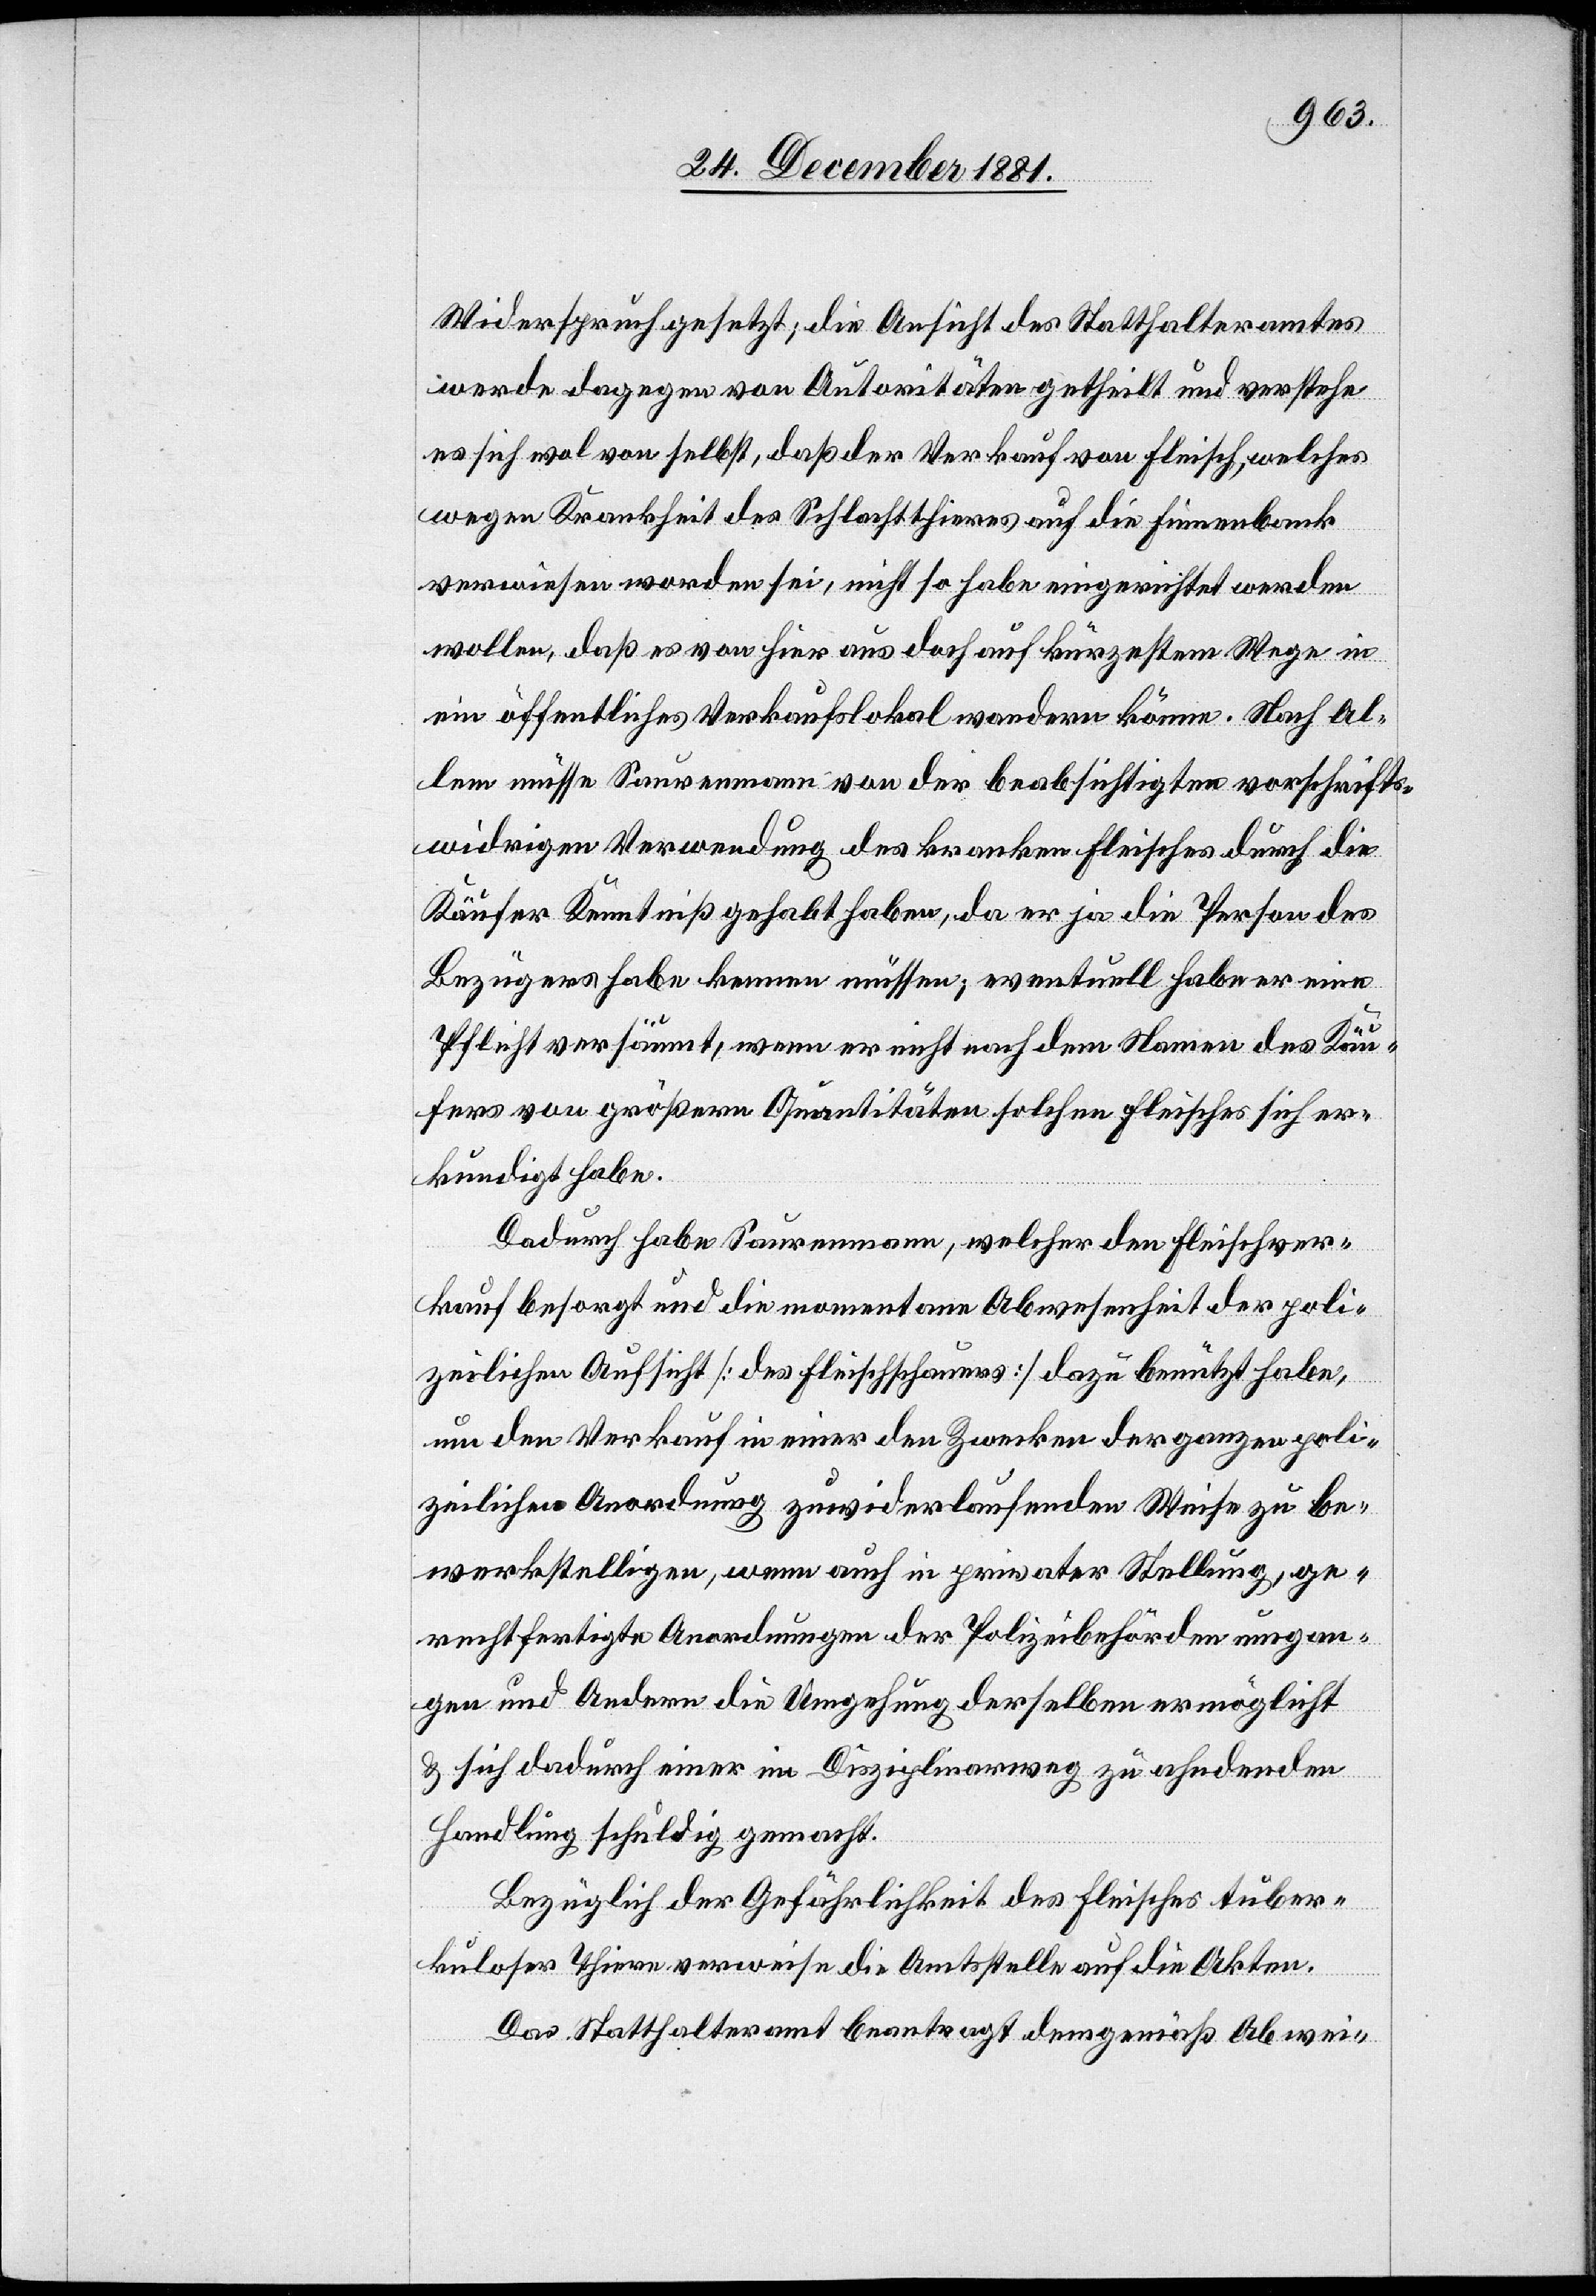
Widerspruch gesetzt; die Ansicht des Statthalteramtes
werde dagegen von Autoritäten getheilt und verstehe
es sich wol von selbst, daß der Verkauf von Fleisch, welches
wegen Krankheit des Schlachtthieres auf die Finnenbank
verwiesen worden sei, nicht so habe eingerichtet werden
wollen, daß es von hier aus doch auf kürzestem Wege in
ein öffentliches Verkaufslokal wandern könne. Nach Al¬
lem müsse Saurenmann von der beabsichtigten vorschrifts¬
widrigen Verwendung des kranken Fleisches durch die
Käufer Kenntniß gehabt haben, da er ja die Person des
Bezügers habe kennen müssen; eventuell habe er eine
Pflicht versäumt, wenn er nicht nach dem Namen des Käu¬
fers von größern Quantitäten solchen Fleisches sich er¬
kundigt habe.
Dadurch habe Saurenmann, welcher den Fleischver¬
kauf besorgt und die momentane Abwesenheit der poli¬
zeilichen Aufsicht [des Fleischschauers] dazu benützt habe,
um den Verkauf in einer den Zwecken der ganzen poli¬
zeilichen Anordnung zuwider laufenden Weise zu be¬
werkstelligen, wenn auch in privater Stellung, ge¬
rechtfertigte Anordnungen der Polizeibehörde umgan¬
gen und Andern die Umgehung derselben ermöglicht
& sich dadurch einer im Disziplinarweg zu ahnenden
Handlung schuldig gemacht.
Bezüglich der Gefährlichkeit des Fleisches tuber¬
kuloser Thiere verweise die Amtsstelle auf die Akten.
Das Statthalteramt beantragt demgemäß Abwei-